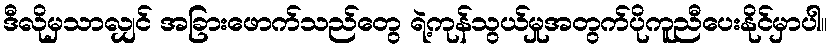
ဒီလိုမှသာလျှင် အခြားဖောက်သည်တွေ ရဲ့ကုန်သွယ်မှုအတွက်ပိုကူညီပေးနိုင်မှာပါ။